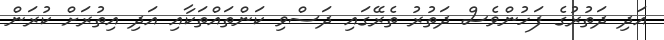
އަދި ދަތުރުގެ ފަހުންވެސް ދަތުރު ތެރޭގައި ދަސްވި ކަންތައްތަކާއި އަދި އިތުރަށް ކުރަން